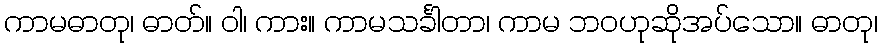
ကာမဓာတု၊ ဓာတ်။ ဝါ၊ ကား။ ကာမသင်္ခါတာ၊ ကာမ ဘဝဟုဆိုအပ်သော။ ဓာတု၊